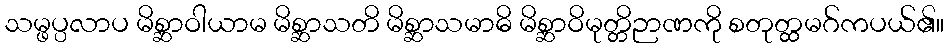
သမ္ဖပ္ပလာပ မိစ္ဆာဝါယာမ မိစ္ဆာသတိ မိစ္ဆာသမာဓိ မိစ္ဆာဝိမုတ္တိဉာဏကို စတုတ္ထမဂ်ကပယ်၏။